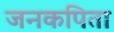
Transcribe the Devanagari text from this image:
जनकपिता